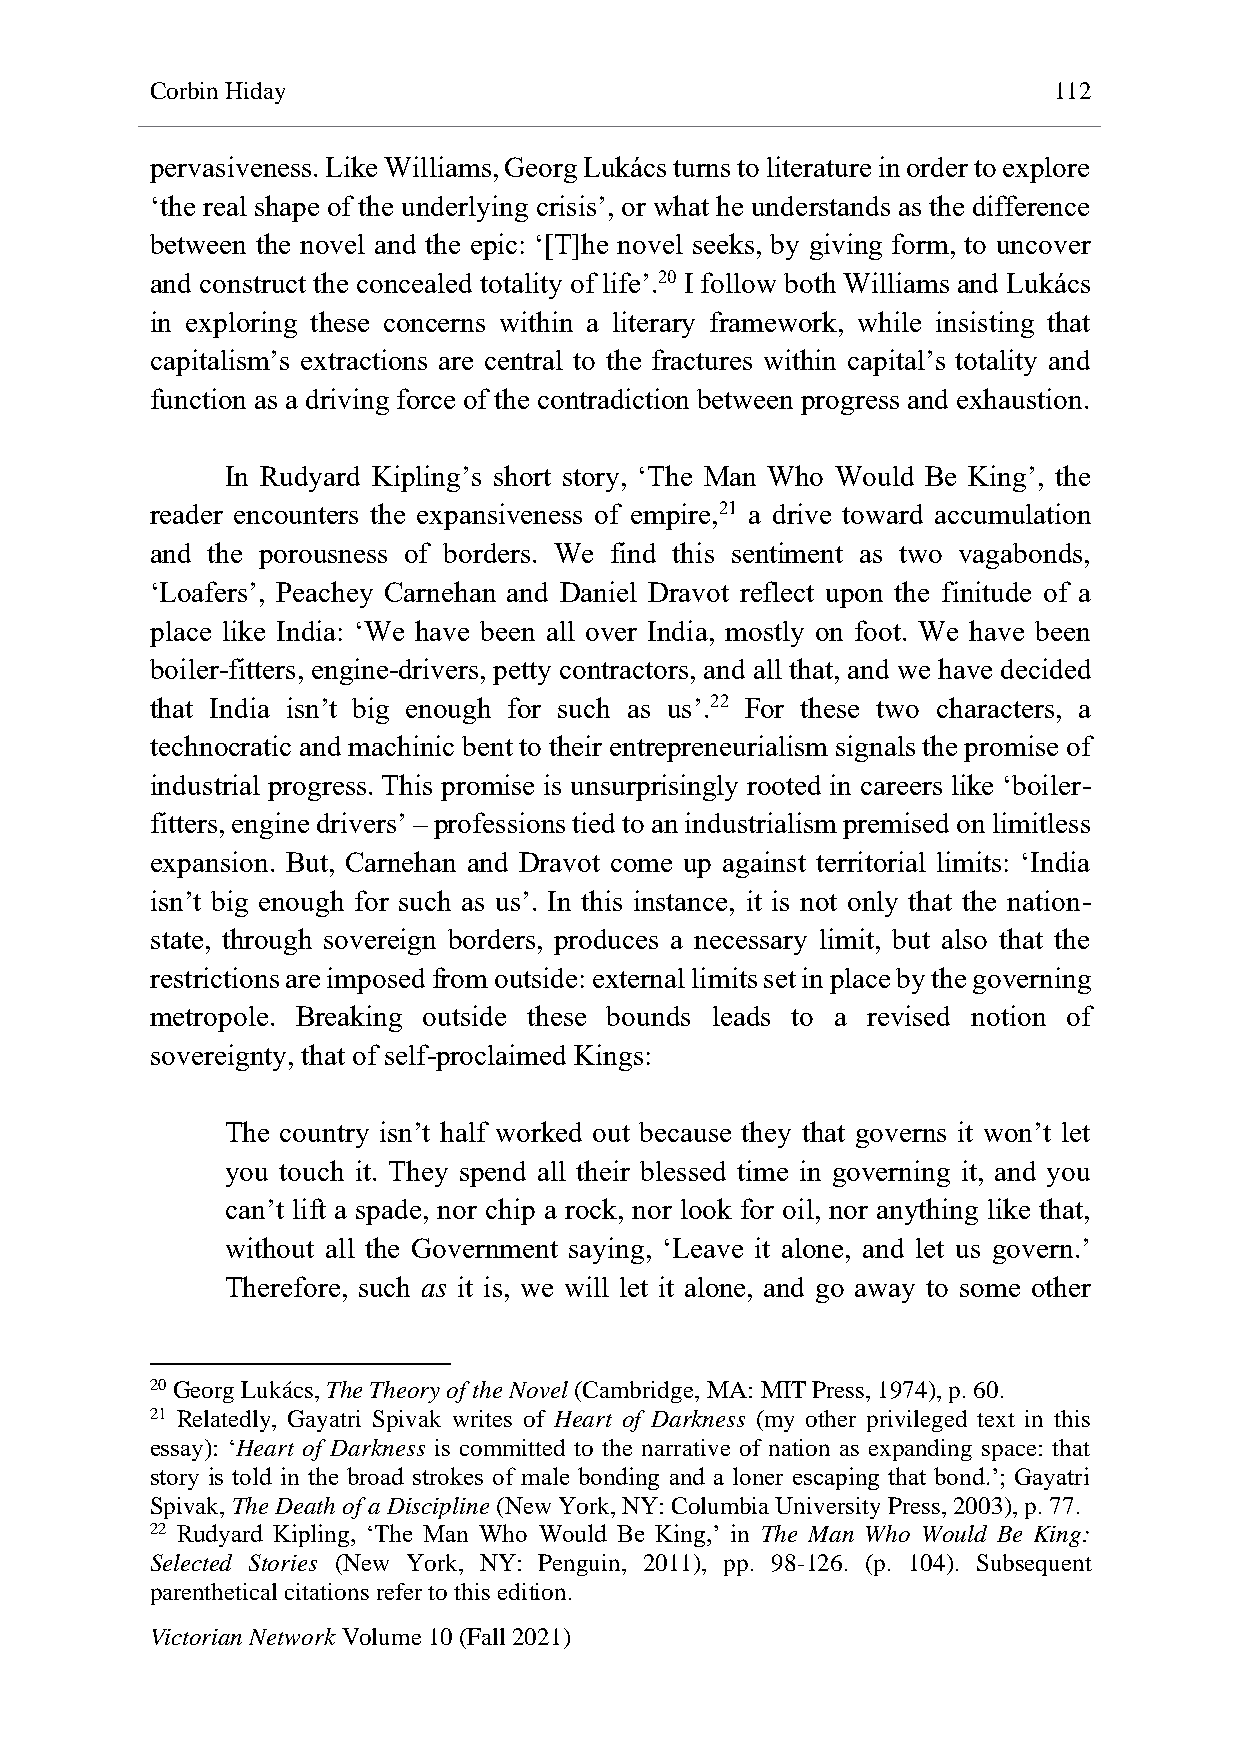
Corbin Hiday                                                112
 pervasiveness. Like Williams, Georg Lukács turns to literature in order to explore
 ‘the real shape of the underlying crisis’, or what he understands as the difference
 between the novel and the epic: ‘[T]he novel seeks, by giving form, to uncover
 and construct the concealed totality of life’.20 I follow both Williams and Lukács
 in exploring these concerns within a literary framework, while insisting that
 capitalism’s extractions are central to the fractures within capital’s totality and
 function as a driving force of the contradiction between progress and exhaustion.
 In Rudyard Kipling’s short story, ‘The Man Who Would Be King’, the
 reader encounters the expansiveness of empire,21 a drive toward accumulation
 and the porousness of borders. We find this sentiment as two vagabonds,
 ‘Loafers’, Peachey Carnehan and Daniel Dravot reflect upon the finitude of a
 place like India: ‘We have been all over India, mostly on foot. We have been
 boiler-fitters, engine-drivers, petty contractors, and all that, and we have decided
 that India isn’t big enough for such as us’.22 For these two characters, a
 technocratic and machinic bent to their entrepreneurialism signals the promise of
 industrial progress. This promise is unsurprisingly rooted in careers like ‘boiler-
 fitters, engine drivers’ – professions tied to an industrialism premised on limitless
 expansion. But, Carnehan and Dravot come up against territorial limits: ‘India
 isn’t big enough for such as us’. In this instance, it is not only that the nation-
 state, through sovereign borders, produces a necessary limit, but also that the
 restrictions are imposed from outside: external limits set in place by the governing
 metropole. Breaking outside these bounds leads to a revised notion of
 sovereignty, that of self-proclaimed Kings:
 The country isn’t half worked out because they that governs it won’t let
 you touch it. They spend all their blessed time in governing it, and you
 can’t lift a spade, nor chip a rock, nor look for oil, nor anything like that,
 without all the Government saying, ‘Leave it alone, and let us govern.’
 Therefore, such as it is, we will let it alone, and go away to some other
 20 Georg Lukács, The Theory of the Novel (Cambridge, MA: MIT Press, 1974), p. 60.
 21 Relatedly, Gayatri Spivak writes of Heart of Darkness (my other privileged text in this
 essay): ‘Heart of Darkness is committed to the narrative of nation as expanding space: that
 story is told in the broad strokes of male bonding and a loner escaping that bond.’; Gayatri
 Spivak, The Death of a Discipline (New York, NY: Columbia University Press, 2003), p. 77.
 22 Rudyard Kipling, ‘The Man Who Would Be King,’ in The Man Who Would Be King:
 Selected Stories (New York, NY: Penguin, 2011), pp. 98-126. (p. 104). Subsequent
 parenthetical citations refer to this edition.
 Victorian Network Volume 10 (Fall 2021)